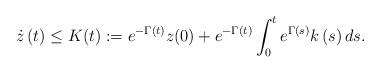
LaTeX: \begin{align*}\dot{z}\left( t\right) \leq K(t):=e^{-\Gamma\left( t\right) }z(0)+e^{-\Gamma\left( t\right) }\int_{0}^{t}e^{\Gamma(s)}k\left( s\right)ds. \end{align*}